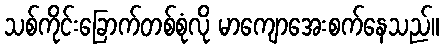
သစ်ကိုင်းခြောက်တစ်စုံလို မာကျောအေးစက်နေသည်။